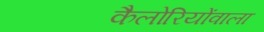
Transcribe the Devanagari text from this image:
कैलोरियोंवाला